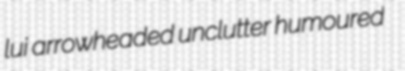
lui arrowheaded unclutter humoured